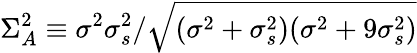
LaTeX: \Sigma_{A}^{2}\equiv\sigma^{2}\sigma_{s}^{2}/\sqrt{(\sigma^{2}+\sigma_{s}^{2})(\sigma^{2}+9\sigma_{s}^{2})}